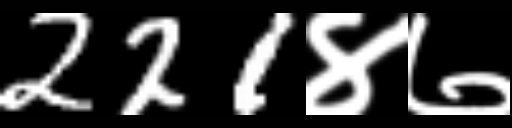
Text: 221४७